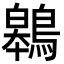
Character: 鷎